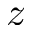
z